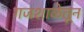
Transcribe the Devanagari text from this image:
गजशाळेतून